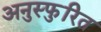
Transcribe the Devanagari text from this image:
अनुस्फुरित